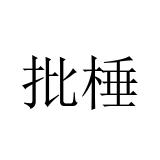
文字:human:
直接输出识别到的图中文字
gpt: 批棰